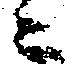
ニ